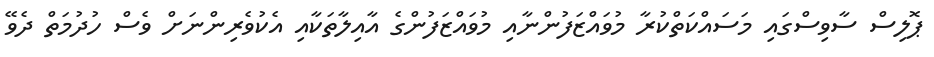
ޕޮލިސް ސާވިސްގައި މަސައްކަތްކުރާ މުވައްޒަފުންނާއި މުވައްޒަފުންގެ އާއިލާތަކާއި އެކުވެރިންނަށް ވެސް ހުދުމަތް ދެވޭ